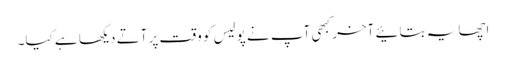
اچھا یہ بتائیے آخر کبھی آپ نے پولیس کو وقت پر آتے دیکھا ہے کیا۔